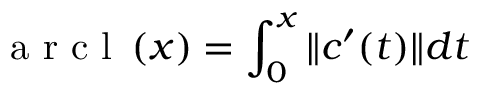
\mathrm { ~ a ~ r ~ c ~ l ~ } \left( x \right) = \int _ { 0 } ^ { x } \| c ^ { \prime } ( t ) \| d t